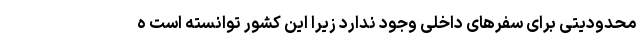
محدودیتی برای سفرهای داخلی وجود ندارد زیرا این کشور توانسته است ه